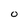
Character: 0